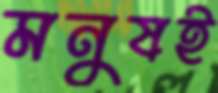
মনুষই